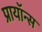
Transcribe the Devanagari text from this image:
प्रायॉन्स